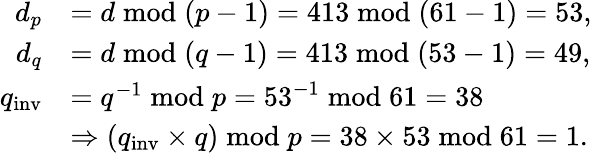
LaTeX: {\begin{array}{rl}{d_{p}}&{=d{\bmod{(}}p-1)=413{\bmod{(}}61-1)=53,}\\ {d_{q}}&{=d{\bmod{(}}q-1)=413{\bmod{(}}53-1)=49,}\\ {q_{\mathrm{inv}}}&{=q^{-1}{\bmod{p}}=53^{-1}{\bmod{6}}1=38}\\ &{\Rightarrow(q_{\mathrm{inv}}\times q){\bmod{p}}=38\times 53{\bmod{6}}1=1.}\end{array}}